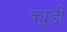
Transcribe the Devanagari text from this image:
क्यूडी